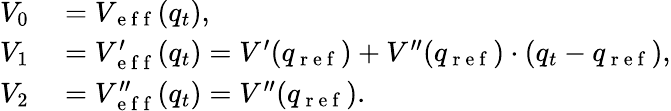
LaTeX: \begin{array}{rl}{V_{0}}&{{}=V_{\mathrm{~e~f~f~}}(q_{t}),}\\ {V_{1}}&{{}=V_{\mathrm{~e~f~f~}}^{\prime}(q_{t})=V^{\prime}(q_{\mathrm{~r~e~f~}})+V^{\prime\prime}(q_{\mathrm{~r~e~f~}})\cdot(q_{t}-q_{\mathrm{~r~e~f~}}),}\\ {V_{2}}&{{}=V_{\mathrm{~e~f~f~}}^{\prime\prime}(q_{t})=V^{\prime\prime}(q_{\mathrm{~r~e~f~}}).}\end{array}